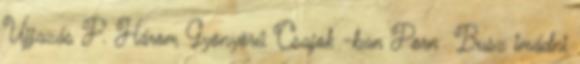
Ujjazás P. Három Gyönyörű Csajok -ban Porn Busz imádni